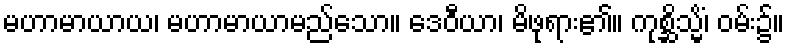
မဟာမာယာယ၊ မဟာမာယာမည်သော။ ဒေဝီယာ၊ မိဖုရား၏။ ကုစ္ဆိသ္မိံ၊ ဝမ်း၌။